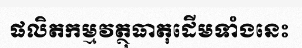
ផលិតកម្មវត្ថុធាតុដើមទាំងនេះ